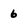
Character: 6